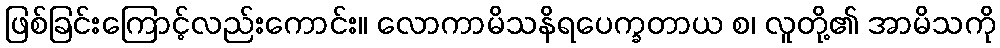
ဖြစ်ခြင်းကြောင့်လည်းကောင်း။ လောကာမိသနိရပေက္ခတာယ စ၊ လူတို့၏ အာမိသကို